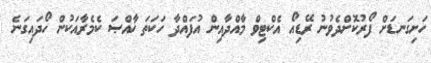
ހަށިގަނޑަށް ފޯރުކޮށްދެވުނު ރޭޑިއޯ އެކްޓިވް މާއްދާއިން އުފައްދާ ހަކަތަ ޚާއްޞަ ކެމެރާއަކުން ހޯދައިގަނެ